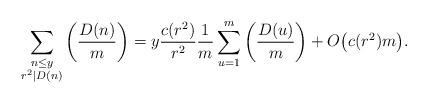
LaTeX: \begin{align*}\sum_{\substack{n\leq y\\r^{2}\mid D(n)}}\left(\frac{D(n)}{m}\right) &= y\frac{c(r^2)}{r^2}\frac{1}{m}\sum_{u=1}^m\left(\frac{D(u)}{m}\right)+ O\big(c(r^2)m\big).\\\end{align*}